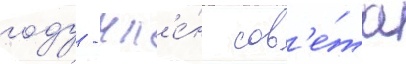
году - чл'е́н сов'е́та